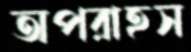
অপরাহস